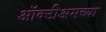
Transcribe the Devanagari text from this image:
ऑक्टीअमच्या